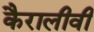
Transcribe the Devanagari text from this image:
कैरालीवी